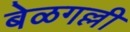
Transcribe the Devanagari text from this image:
बेळगल्ली